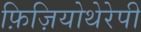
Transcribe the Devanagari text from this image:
फ़िज़ियोथेरेपी